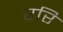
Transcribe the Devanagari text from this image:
ररि